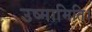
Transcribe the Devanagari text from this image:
उष्मामिति।